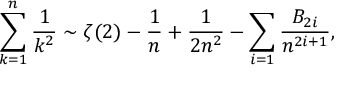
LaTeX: \sum _ { k = 1 } ^ { n } { \frac { 1 } { k ^ { 2 } } } \sim \zeta ( 2 ) - { \frac { 1 } { n } } + { \frac { 1 } { 2 n ^ { 2 } } } - \sum _ { i = 1 } { \frac { B _ { 2 i } } { n ^ { 2 i + 1 } } } ,